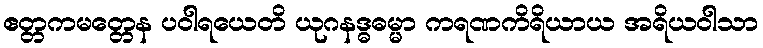
ဧတ္တကမတ္တေန ပဝါရယေတိ ယုဂနဒ္ဓဓမ္မာ ကရဏကိရိယာယ အရိယဝါသာ